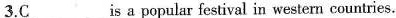
3.C ___ is a popular festival in western countries.